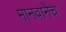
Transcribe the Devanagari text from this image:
मानवानेच